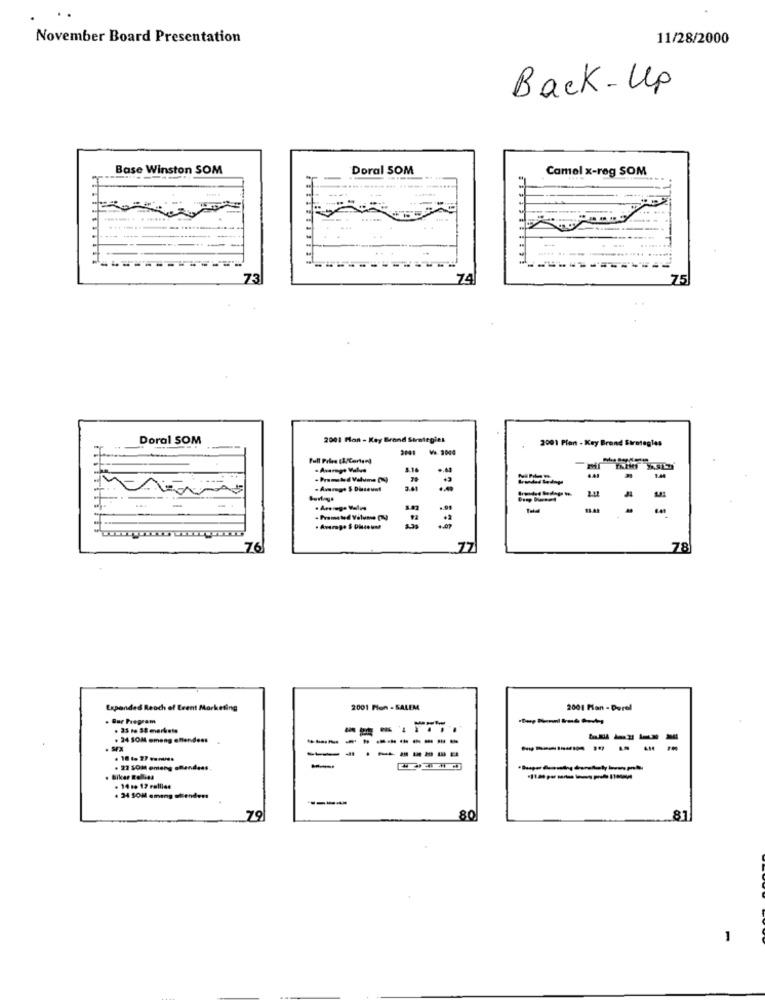
November Board Presentation
11/28/2000
Back - Up
Base Winston SOM
Doral SOM
Camel x-røg SOM
. . .......
------
73
74
75
Doral SOM
2001 Hon - Key Brand Strategies
2001 Pion - Key Brand Strategles
2001 ₩9. 2044
5.14
. Promoted Valume DU)
Grundad lednge
2.4
6.41
- Promoted Volume (A)
76
77
78
Expanded Reach of Event Marketing
2001 Non - SALEM
2001 Man - Derel
. Bar Program
. 33 1 38 markets
. 24 SOM emong entendens
----
------
. 22 SOM emeng oflandess
biker Folles
. 14 :+ 12 rallies
. 24 SOM emang ollendens
-----
79
80
81
1